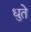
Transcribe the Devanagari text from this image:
धुते